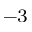
^ { - 3 }